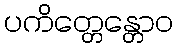
ပကိတ္တေန္တောဝ